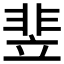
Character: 𬰚